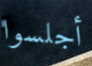
أجلسوا